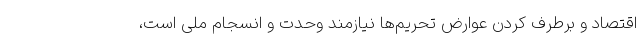
اقتصاد و برطرف کردن عوارض تحریم‌ها نیازمند وحدت و انسجام ملی است،